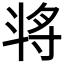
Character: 𣁻